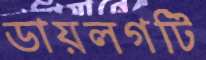
ডায়লগটি